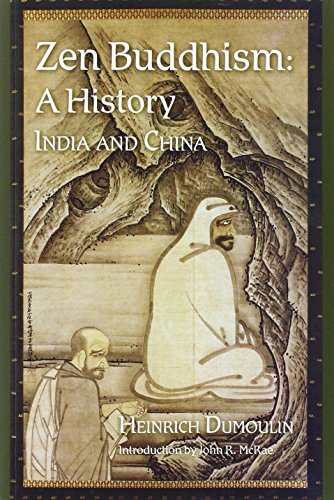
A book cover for Zen Buddhism: A History, India & China (Volume 1); Heinrich Dumoulin; Religion & Spirituality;